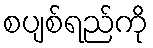
စပျစ်ရည်ကို